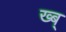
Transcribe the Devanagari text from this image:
ख्ब्